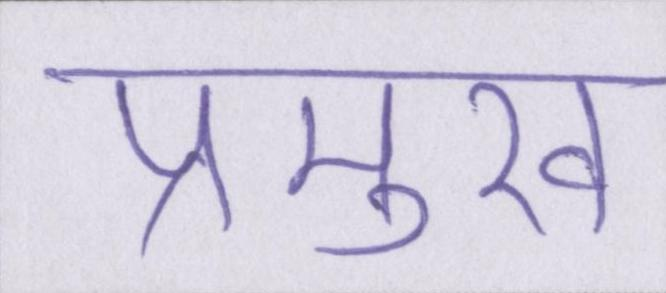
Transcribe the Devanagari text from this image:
प्रमुख